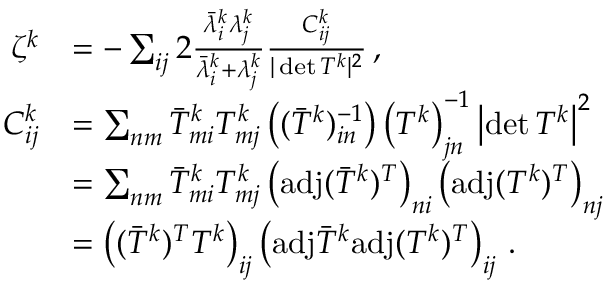
\begin{array} { r l } { \zeta ^ { k } } & { = - \sum _ { i j } 2 \frac { \bar { \lambda } _ { i } ^ { k } \lambda _ { j } ^ { k } } { \bar { \lambda } _ { i } ^ { k } + \lambda _ { j } ^ { k } } \frac { C _ { i j } ^ { k } } { \vert \operatorname* { d e t } T ^ { k } \vert ^ { 2 } } \, , } \\ { C _ { i j } ^ { k } } & { = \sum _ { n m } \bar { T } _ { m i } ^ { k } T _ { m j } ^ { k } \left( ( \bar { T } ^ { k } ) _ { i n } ^ { - 1 } \right) \left( T ^ { k } \right) _ { j n } ^ { - 1 } \left\vert \operatorname* { d e t } T ^ { k } \right\vert ^ { 2 } } \\ & { = \sum _ { n m } \bar { T } _ { m i } ^ { k } T _ { m j } ^ { k } \left( \mathrm { a d j } ( \bar { T } ^ { k } ) ^ { T } \right) _ { n i } \left( \mathrm { a d j } ( T ^ { k } ) ^ { T } \right) _ { n j } } \\ & { = \left( ( \bar { T } ^ { k } ) ^ { T } T ^ { k } \right) _ { i j } \left( \mathrm { a d j } \bar { T } ^ { k } \mathrm { a d j } ( T ^ { k } ) ^ { T } \right) _ { i j } \, . } \end{array}